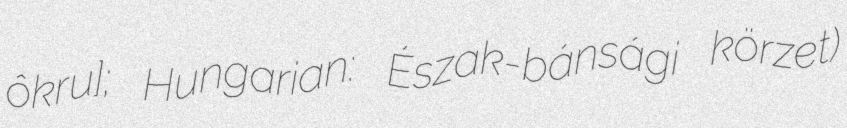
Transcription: ôkruːɡ]; Hungarian: Észak-bánsági körzet)